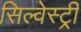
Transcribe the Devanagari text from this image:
सिल्वेस्ट्री